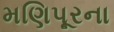
મણિપૂરના